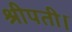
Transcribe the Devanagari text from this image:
श्रीपती।